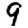
Digit: 9